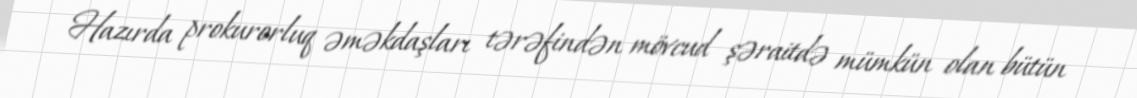
Hazırda prokurorluq əməkdaşları tərəfindən mövcud şəraitdə mümkün olan bütün